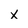
Character: x